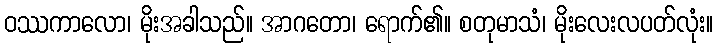
ဝဿကာလော၊ မိုးအခါသည်။ အာဂတော၊ ရောက်၏။ စတုမာသံ၊ မိုးလေးလပတ်လုံး။